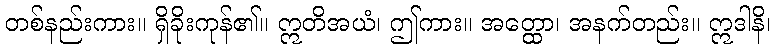
တစ်နည်းကား။ ရှိခိုးကုန်၏။ ဣတိအယံ၊ ဤကား။ အတ္ထော၊ အနက်တည်း။ ဣဒါနိ၊